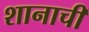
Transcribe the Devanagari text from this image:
शानाची